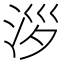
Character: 𣴖